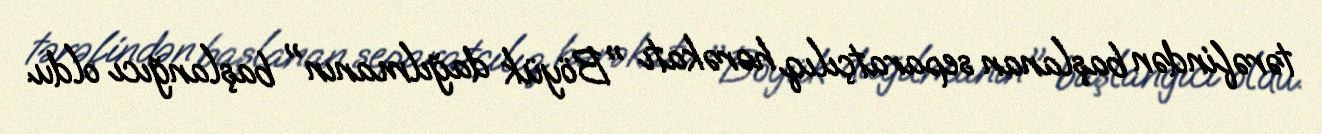
tərəfindən başlanan separatçılıq hərəkatı "Böyük dağılmanın" başlanğıcı oldu.